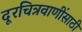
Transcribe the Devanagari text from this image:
दूरचित्रवाणींसाठी